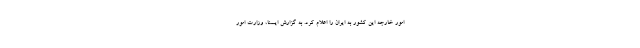
امور خارجه این کشور به ایران را اعلام کرد. به گزارش ایسنا، وزارت امور